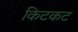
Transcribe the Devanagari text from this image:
किटकट